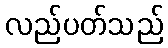
လည်ပတ်သည်